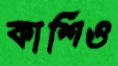
কাশিও